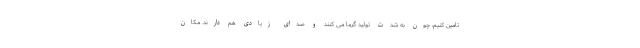
تامین کنیم، چون به شدت تولید گرما می کنند و صدای زیادی هم دارند. مکان